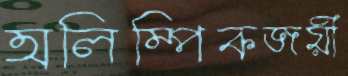
অলিম্পিকজয়ী